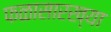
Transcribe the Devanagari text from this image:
फळासारख्या